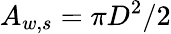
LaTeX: A_{w,s}=\pi D^{2}/2